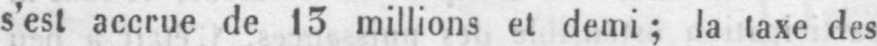
s’est accrue de 13 millions et demi; la laxe des